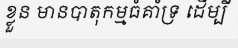
ខ្លួន មានបាតុកម្មធំគាំទ្រ ដើម្បី